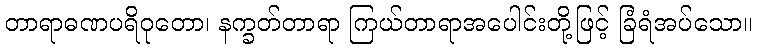
တာရာဓဏပရိဝုတော၊ နက္ခတ်တာရာ ကြယ်တာရာအပေါင်းတို့ဖြင့် ခြံရံအပ်သော။